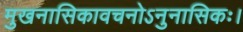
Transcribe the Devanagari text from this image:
मुखनासिकावचनोऽनुनासिकः।